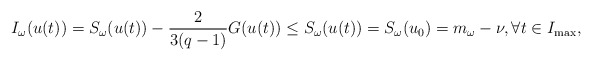
\begin{align*} I_\omega(u(t)) =S_\omega(u(t))-\frac{2}{3(q-1)} G(u(t)) \leq S_\omega(u(t)) =S_\omega(u_0)=m_\omega-\nu, \forall t\in I_{\max},\end{align*}